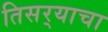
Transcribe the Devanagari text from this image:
तिसर्‍याचा